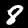
Digit: 8